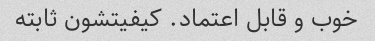
خوب و قابل اعتماد. کیفیتشون ثابته